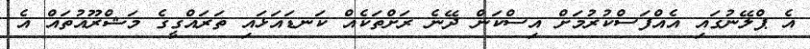
އެ ޕްލޭނުގައި އެއްފަސްކުރުމަށް އިސްކަން ދޭނެ ރަށްތަކެއް ކަނޑައަޅައި ތަރައްގީގެ މަޝްރޫއުތައް އެ